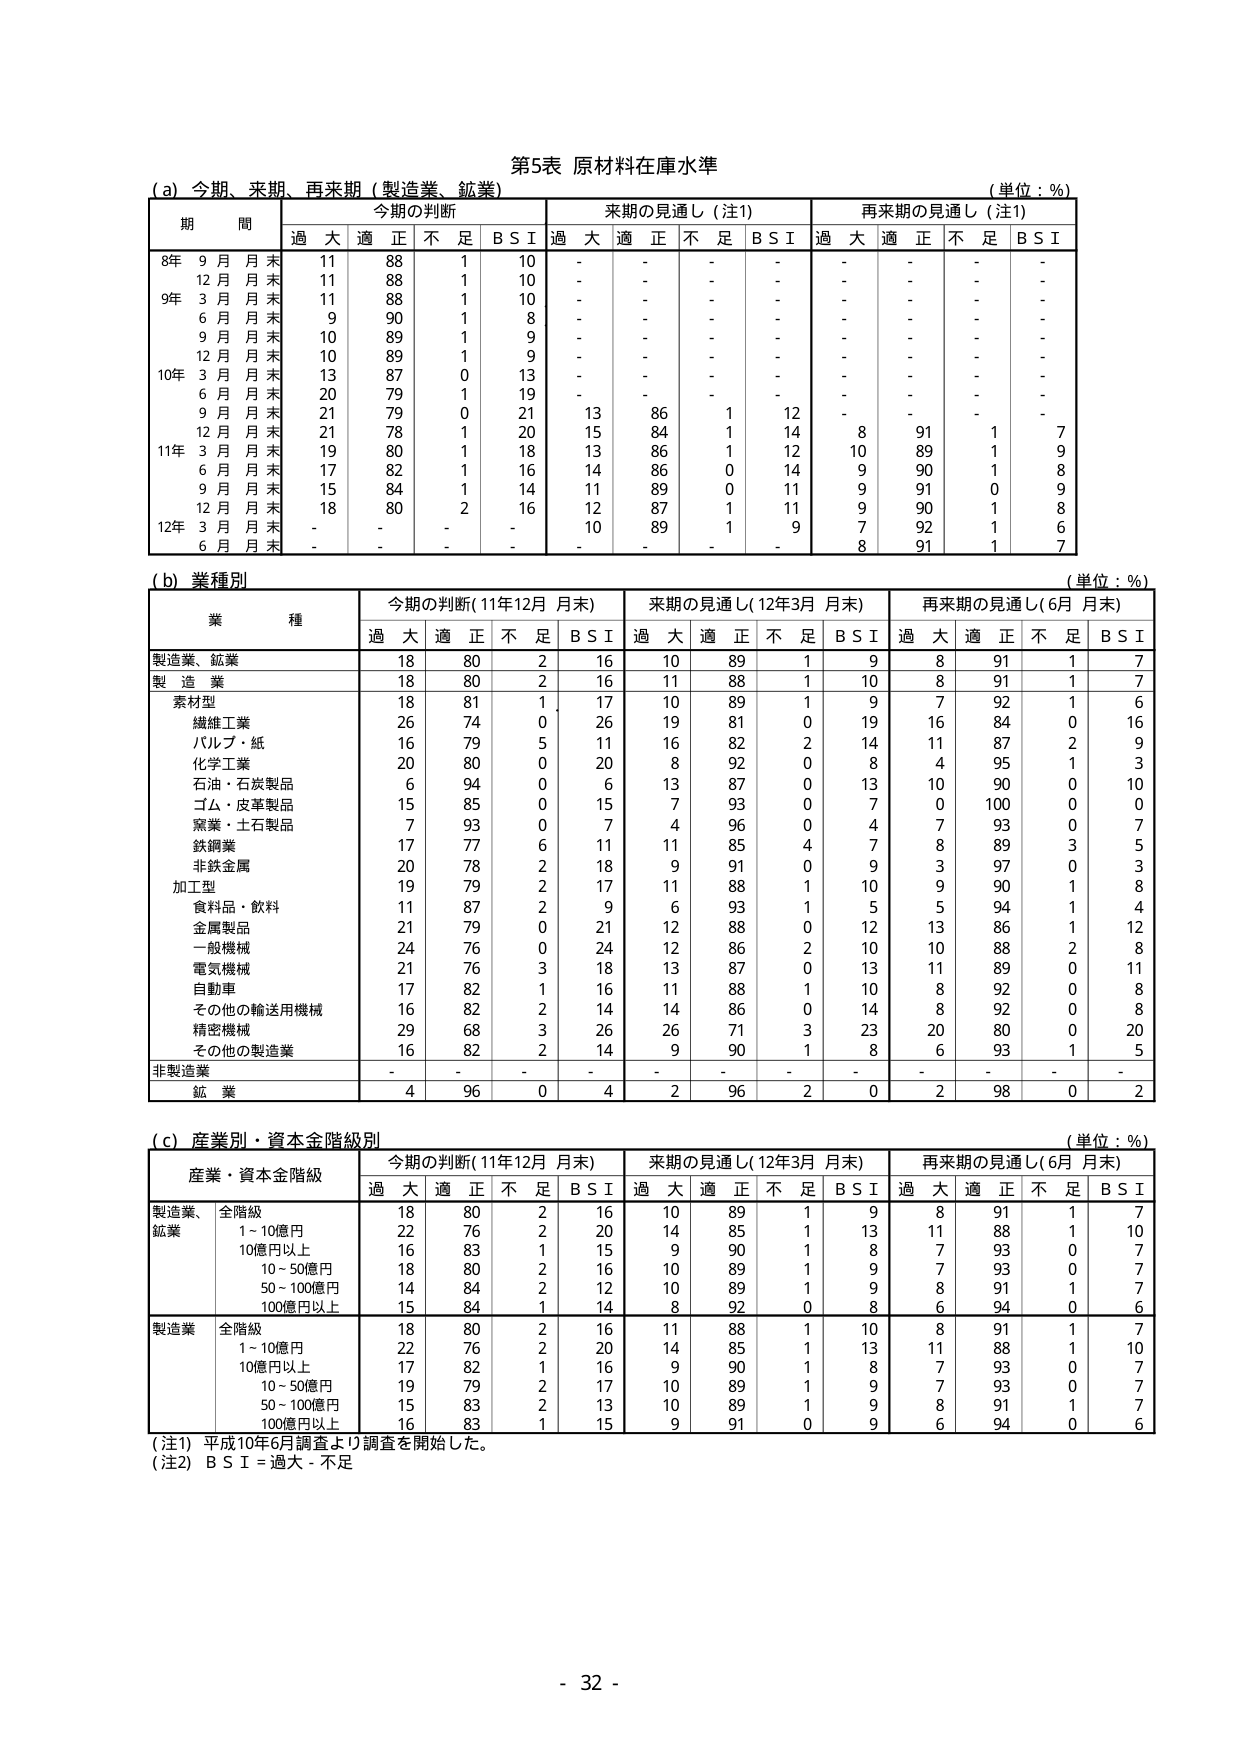
第5表 原材料在庫水準

(a) 今期、来期、再来期（製造業、鉱業）
（単位：％）

期 間 | 今期の判断 | 来期の見通し（注1） | 再来期の見通し（注1）
--- | --- | --- | ---
 | 過大 | 適正 | 不足 | B S I | 過大 | 適正 | 不足 | B S I | 過大 | 適正 | 不足 | B S I
8年 9月月末 | 11 | 88 | 1 | 10 | - | - | - | - | - | - | - | -
12月月末 | 11 | 88 | 1 | 10 | - | - | - | - | - | - | - | -
9年 3月月末 | 11 | 88 | 1 | 10 | - | - | - | - | - | - | - | -
6月月末 | 9 | 90 | 1 | 8 | - | - | - | - | - | - | - | -
9月月末 | 10 | 89 | 1 | 9 | - | - | - | - | - | - | - | -
12月月末 | 10 | 89 | 1 | 9 | - | - | - | - | - | - | - | -
10年 3月月末 | 13 | 87 | 0 | 13 | - | - | - | - | - | - | - | -
6月月末 | 20 | 79 | 1 | 19 | - | - | - | - | - | - | - | -
9月月末 | 21 | 79 | 0 | 21 | 13 | 86 | 1 | 12 | - | - | - | -
12月月末 | 21 | 78 | 1 | 20 | 15 | 84 | 1 | 14 | 8 | 91 | 1 | 7
11年 3月月末 | 19 | 80 | 1 | 18 | 13 | 86 | 1 | 12 | 10 | 89 | 1 | 9
6月月末 | 17 | 82 | 1 | 16 | 14 | 86 | 0 | 14 | 9 | 90 | 1 | 8
9月月末 | 15 | 84 | 1 | 14 | 11 | 89 | 0 | 11 | 9 | 91 | 0 | 9
12月月末 | 18 | 80 | 2 | 16 | 12 | 87 | 1 | 11 | 9 | 90 | 1 | 8
12年 3月月末 | - | - | - | - | 10 | 89 | 1 | 9 | 7 | 92 | 1 | 6
6月月末 | - | - | - | - | - | - | - | - | 8 | 91 | 1 | 7

(b) 業種別
（単位：％）

業 種 | 今期の判断（11年12月 月末） | 来期の見通し（12年3月 月末） | 再来期の見通し（6月 月末）
--- | --- | --- | ---
 | 過大 | 適正 | 不足 | B S I | 過大 | 適正 | 不足 | B S I | 過大 | 適正 | 不足 | B S I
製造業、鉱業 | 18 | 80 | 2 | 16 | 10 | 89 | 1 | 9 | 8 | 91 | 1 | 7
製 造 業 | 18 | 80 | 2 | 16 | 11 | 88 | 1 | 10 | 8 | 91 | 1 | 7
　素材型 | 18 | 81 | 1 | 17 | 10 | 89 | 1 | 9 | 7 | 92 | 1 | 6
　　繊維工業 | 26 | 74 | 0 | 26 | 19 | 81 | 0 | 19 | 16 | 84 | 0 | 16
　　パルプ・紙 | 16 | 79 | 5 | 11 | 16 | 82 | 2 | 14 | 11 | 87 | 2 | 9
　　化学工業 | 20 | 80 | 0 | 20 | 8 | 92 | 0 | 8 | 4 | 95 | 1 | 3
　　石油・石炭製品 | 6 | 94 | 0 | 6 | 13 | 87 | 0 | 13 | 10 | 90 | 0 | 10
　　ゴム・皮革製品 | 15 | 85 | 0 | 15 | 7 | 93 | 0 | 7 | 0 | 100 | 0 | 0
　　窯業・土石製品 | 7 | 93 | 0 | 7 | 4 | 96 | 0 | 4 | 7 | 93 | 0 | 7
　　鉄鋼業 | 17 | 77 | 6 | 11 | 11 | 85 | 4 | 7 | 8 | 89 | 3 | 5
　　非鉄金属 | 20 | 78 | 2 | 18 | 9 | 91 | 0 | 9 | 3 | 97 | 0 | 3
　加工型 | 19 | 79 | 2 | 17 | 11 | 88 | 1 | 10 | 9 | 90 | 1 | 8
　　食料品・飲料 | 11 | 87 | 2 | 9 | 6 | 93 | 1 | 5 | 5 | 94 | 1 | 4
　　金属製品 | 21 | 79 | 0 | 21 | 12 | 88 | 0 | 12 | 13 | 86 | 1 | 12
　　一般機械 | 24 | 76 | 0 | 24 | 12 | 86 | 2 | 10 | 10 | 88 | 2 | 8
　　電気機械 | 21 | 76 | 3 | 18 | 13 | 87 | 0 | 13 | 11 | 89 | 0 | 11
　　自動車 | 17 | 82 | 1 | 16 | 11 | 88 | 1 | 10 | 8 | 92 | 0 | 8
　　その他の輸送用機械 | 16 | 82 | 2 | 14 | 14 | 86 | 0 | 14 | 8 | 92 | 0 | 8
　　精密機械 | 29 | 68 | 3 | 26 | 26 | 71 | 3 | 23 | 20 | 80 | 0 | 20
　　その他の製造業 | 16 | 82 | 2 | 14 | 9 | 90 | 1 | 8 | 6 | 93 | 1 | 5
非製造業 | - | - | - | - | - | - | - | - | - | - | - | -
　鉱 業 | 4 | 96 | 0 | 4 | 2 | 96 | 2 | 0 | 2 | 98 | 0 | 2

(c) 産業別・資本金階級別
（単位：％）

産業・資本金階級 | 今期の判断（11年12月 月末） | 来期の見通し（12年3月 月末） | 再来期の見通し（6月 月末）
--- | --- | --- | ---
 | 過大 | 適正 | 不足 | B S I | 過大 | 適正 | 不足 | B S I | 過大 | 適正 | 不足 | B S I
製造業、鉱業 | 全階級 | 18 | 80 | 2 | 16 | 10 | 89 | 1 | 9 | 8 | 91 | 1 | 7
 | 1～10億円 | 22 | 76 | 2 | 20 | 14 | 85 | 1 | 13 | 11 | 88 | 1 | 10
 | 10億円以上 | 16 | 83 | 1 | 15 | 9 | 90 | 1 | 8 | 7 | 93 | 0 | 7
 | 10～50億円 | 18 | 80 | 2 | 16 | 10 | 89 | 1 | 9 | 7 | 93 | 0 | 7
 | 50～100億円 | 14 | 84 | 2 | 12 | 10 | 89 | 1 | 9 | 8 | 91 | 1 | 7
 | 100億円以上 | 15 | 84 | 1 | 14 | 8 | 92 | 0 | 8 | 6 | 94 | 0 | 6
製造業 | 全階級 | 18 | 80 | 2 | 16 | 11 | 88 | 1 | 10 | 8 | 91 | 1 | 7
 | 1～10億円 | 22 | 76 | 2 | 20 | 14 | 85 | 1 | 13 | 11 | 88 | 1 | 10
 | 10億円以上 | 17 | 82 | 1 | 16 | 9 | 90 | 1 | 8 | 7 | 93 | 0 | 7
 | 10～50億円 | 19 | 79 | 2 | 17 | 10 | 89 | 1 | 9 | 7 | 93 | 0 | 7
 | 50～100億円 | 15 | 83 | 2 | 13 | 10 | 89 | 1 | 9 | 8 | 91 | 1 | 7
 | 100億円以上 | 16 | 83 | 1 | 15 | 9 | 91 | 0 | 9 | 6 | 94 | 0 | 6

（注1）平成10年6月調査より調査を開始した。
（注2）B S I = 過大 - 不足

- 32 -